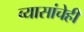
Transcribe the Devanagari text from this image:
व्यासांचेही